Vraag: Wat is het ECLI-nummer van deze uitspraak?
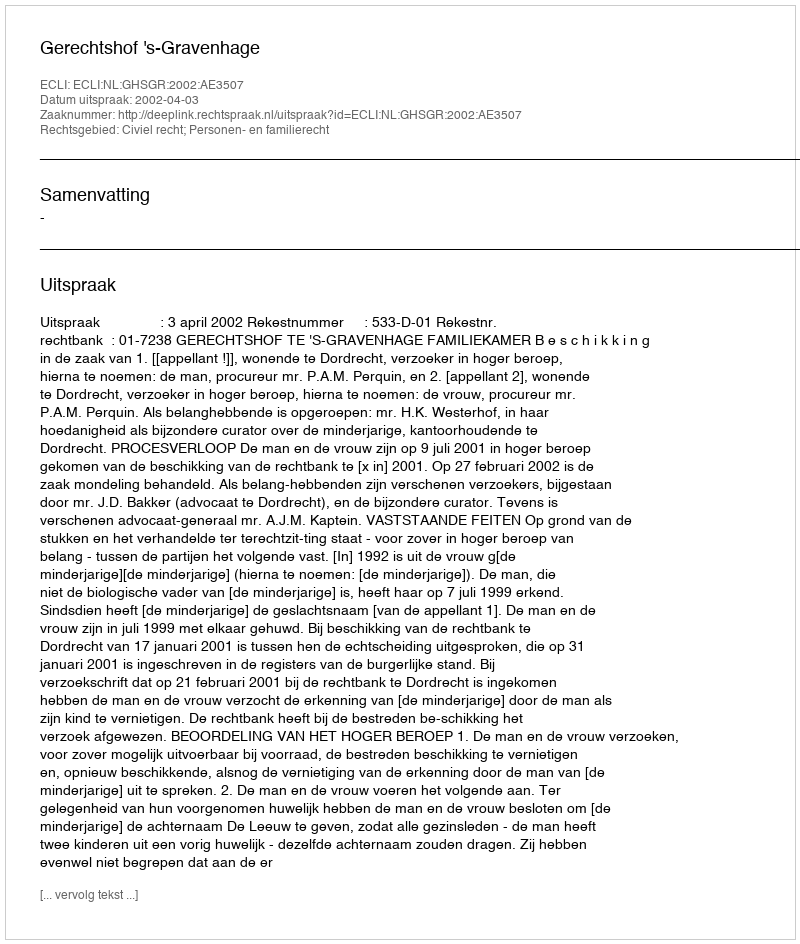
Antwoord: ECLI:NL:GHSGR:2002:AE3507